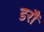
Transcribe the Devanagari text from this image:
डरौं